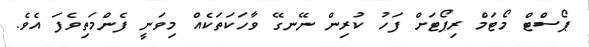
ޕޯސްޓް މޯޓަމް ރިޕޯޓަށް ފަހު ކުރިން ނޭނގޭ ވާހަކަތަކެއް މިވަނީ ފެންމަތިވެފަ އެވެ.